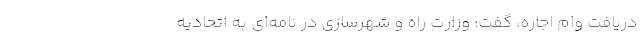
دریافت وام اجاره، گفت: وزارت راه و شهرسازی در نامه‌ای به اتحادیه